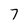
Character: 7